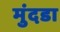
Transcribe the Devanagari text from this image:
मुंदडा